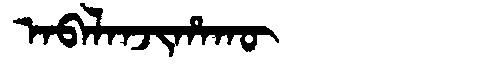
Manchu: ᠠᠪᠠᠯᠠᠨᠵᡳᡥᠠᡴᡡ
Romanization: ABALANJIHAKŪ